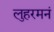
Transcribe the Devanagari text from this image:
लुहरमनं